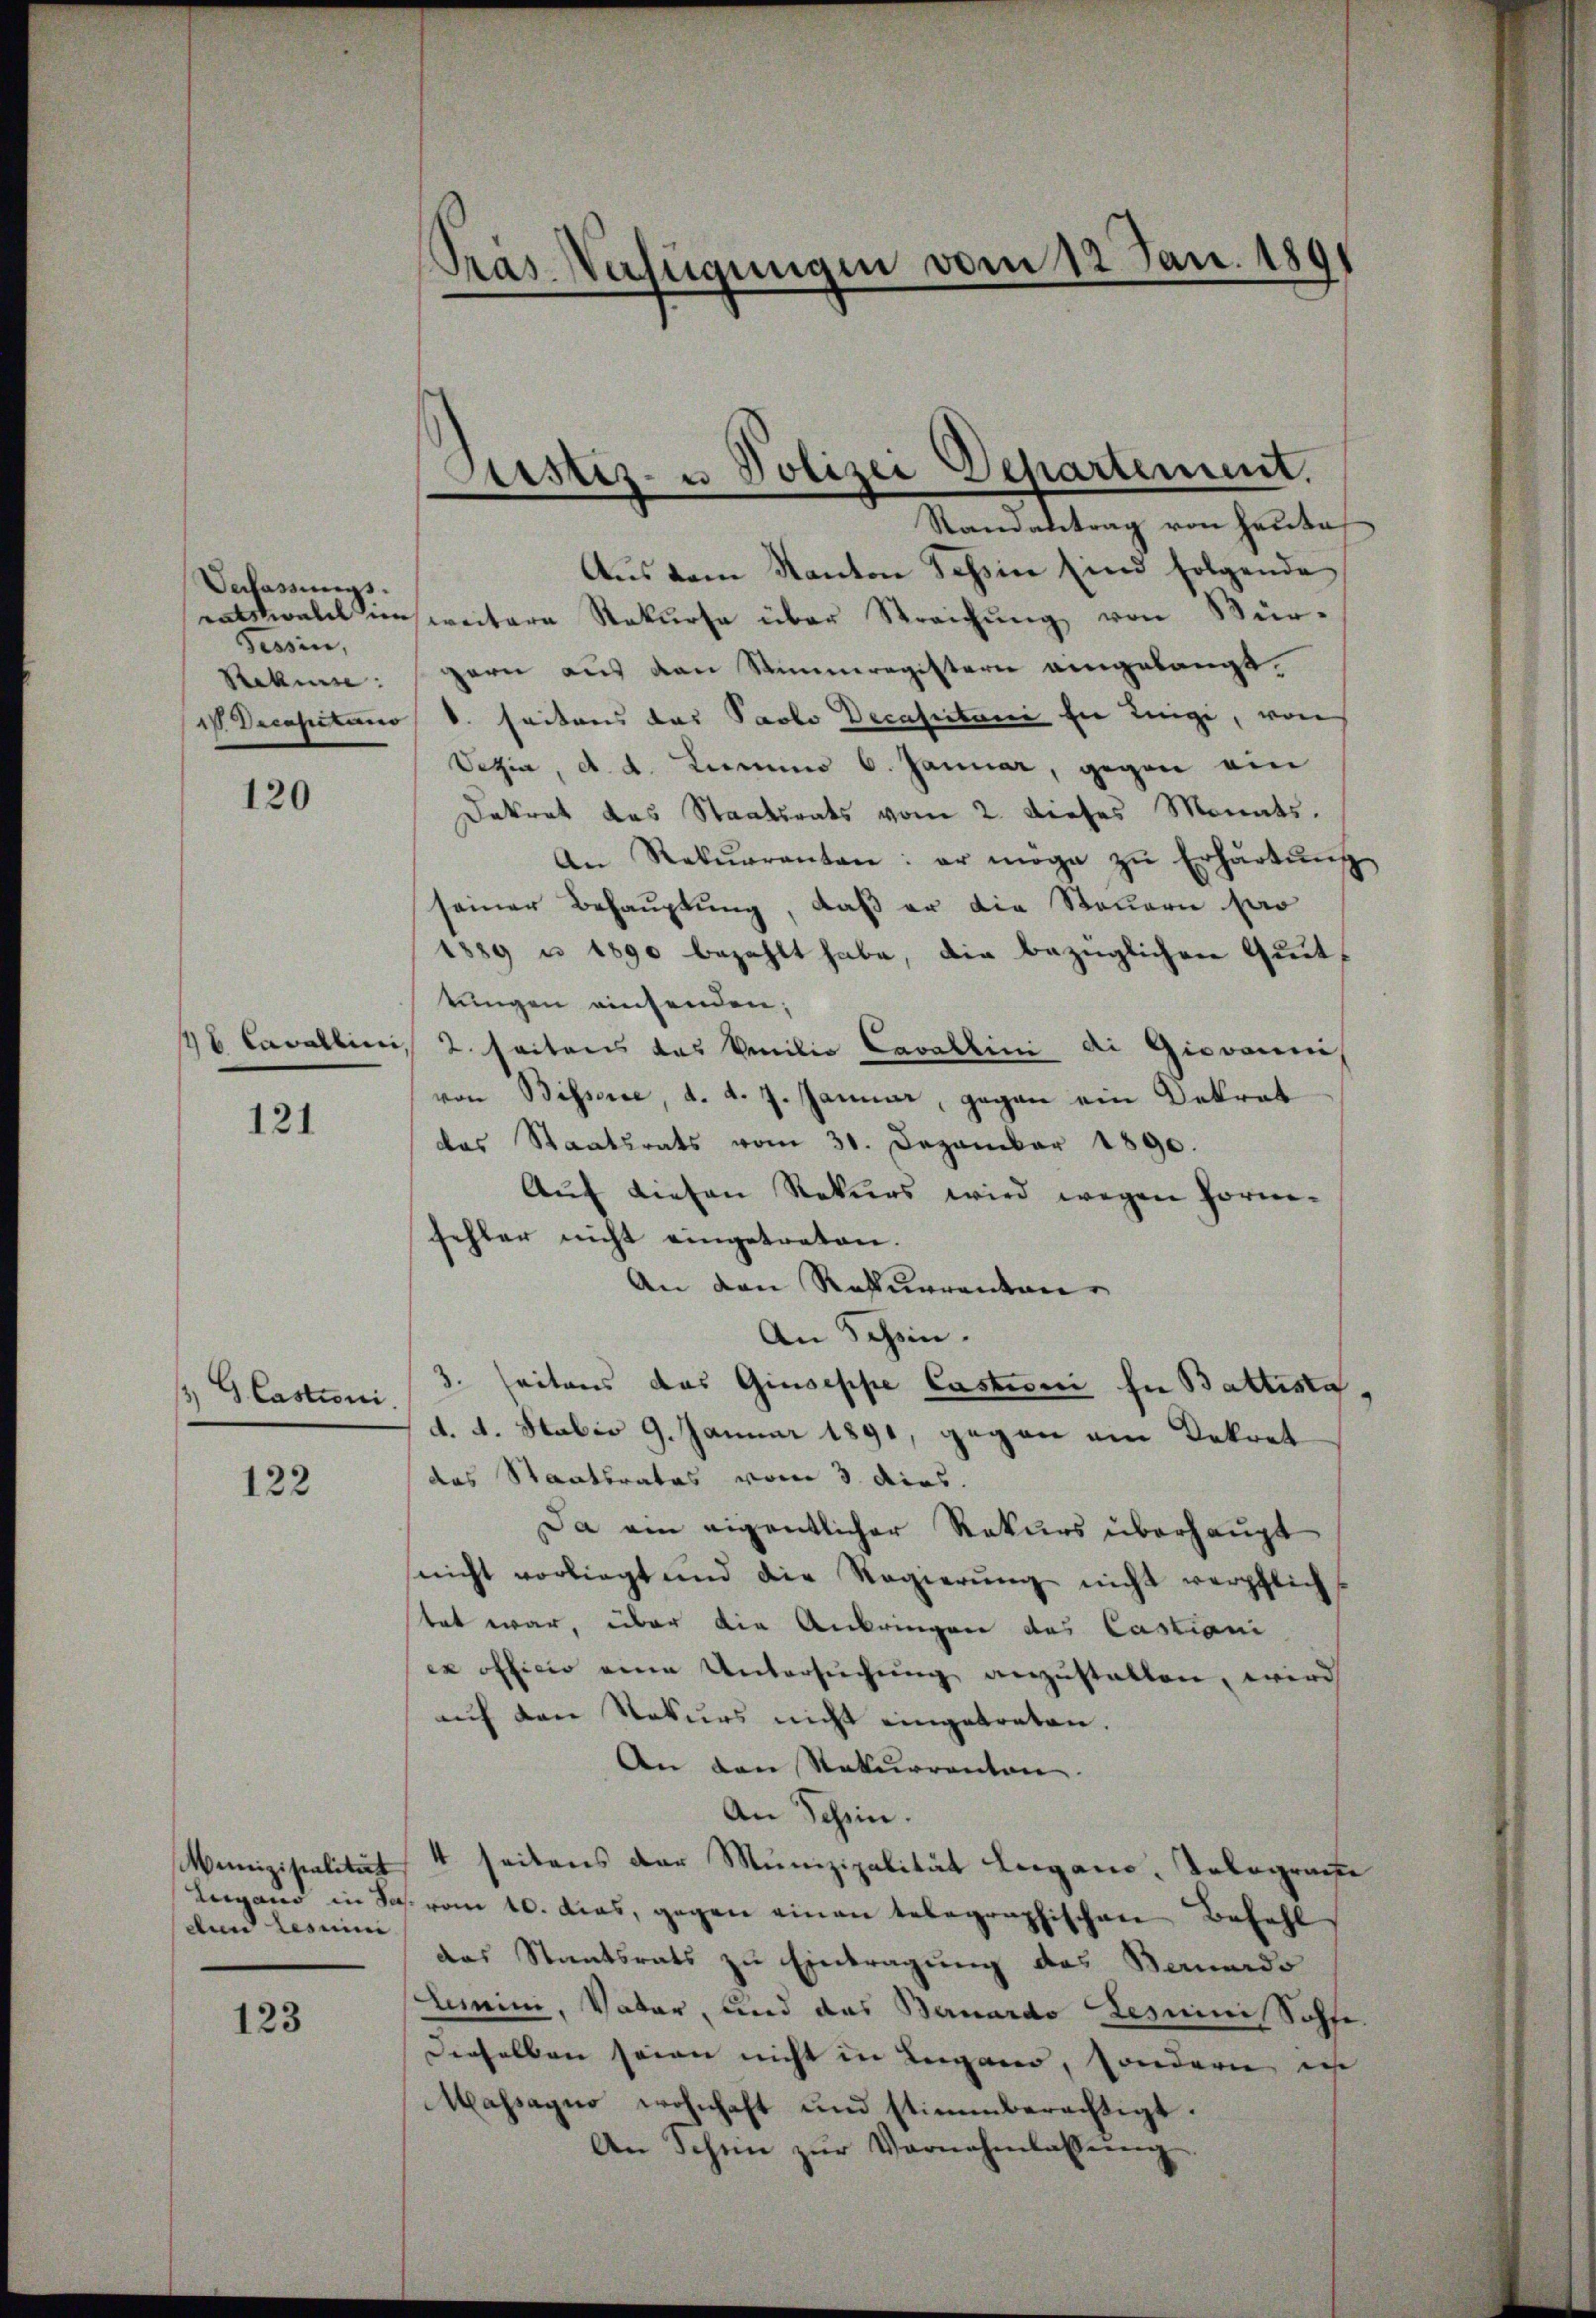
Verfassungs-
Tessin,
Stakine:

120

121

G Castioni.

122

Muniziscalität
dund Lesuini

123

Pras Verfügungen vom 12. Jan. 1891

Aus dem Kanton Tessin sind folgende
eatswald im weitere Rekurse über Streichung von Würgern aus den Stimmregistern eingelangt.
IV. Decapitano d. seitens das Paobo Decascitani in inige, von
Vezin, d. d. Lienen 6. Januar, gegen ein
Dekret das Staatsrats vom 2. dieses Monats.
An Rekurrenten: er möge zŭ Erhärtŭng
seiner Behauptung, daß er die Steuern sar
1889 u 1890 bezahlt habe, die bezüglichen Quittungen einsenden;
146 Cavallini, 2. Seitens das Amilie Cavallini ai Giovanni
von Bissere, d. d. J. Januar, gegen ein Dekret
das Staatsrats vom 31. Dezember 1890.
Auf diesen Rekurs wird wegen Forne-
fehler nicht eingetreten.
An den Rekurrenten
An Schein.
3. seitens das Giuseppe Castroni in Battesta
d. 4. Stobio 9. Januar 1891, gegen ein Dekret
das Staatsrates vom 3. dies.
Da ein eigentlicher Rekurs überhaupt
nicht vorliegt und die Regierŭng nicht verpflich-
tet war, über die Anbringen des Castiani
ex officio eine Untersŭchŭng anzŭstalten, wird
auf den Rekurs nicht eingetreten.
An den Rekurrenten.
An Schein.
4 seitens der Munizipalität Leigano, Tolographe
Lergans in Sch. vom 10. das, gegen einen telegraphischen Befehl
das Staatsrats zu Eintragung des Bernards
Lumini, Vater, und das Bernardo Lesminis Sohfe
Derselben seien nicht in Lugand, sonderie in
Massagio wohnhaft und stimmberechtigt.
An Schin zŭr Vornehmlassŭng.

Justiz- u Polizei Departement.
Randantrag von heute